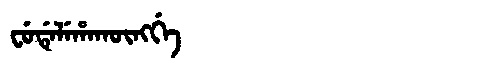
Manchu: ᠸᡠᡩᡝᠯᡝᡥᠠᡴᡡᠩᡤᡝ
Romanization: FUDELEHAKŪNGGE